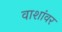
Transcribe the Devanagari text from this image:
वाशांवर